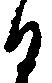
る